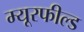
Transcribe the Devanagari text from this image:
म्यूरफील्ड